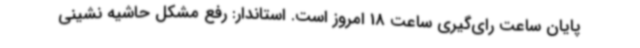
پایان ساعت رای‌گیری ساعت 18 امروز است. استاندار: رفع مشکل حاشیه نشینی